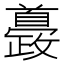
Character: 𩠰